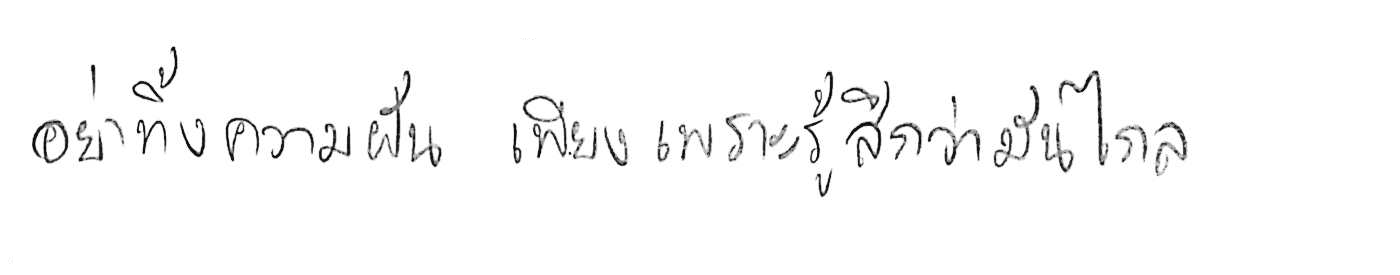
อย่าทิ้งความฝัน เพียงเพราะรู้สึกว่ามันไกล